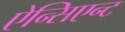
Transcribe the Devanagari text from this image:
ऐन्सिएन्ट